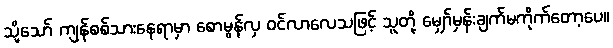
သို့သော် ကျန်စစ်သားနေရာမှာ စောမွန်လှ ဝင်လာလေသဖြင့် သူတို့ မျှော်မှန်းချက်မကိုက်တော့ပေ။